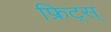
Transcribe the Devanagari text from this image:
फ्रिट्स्